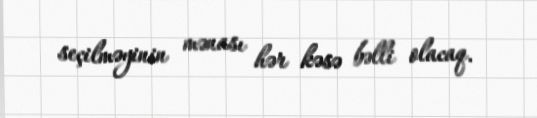
seçilməyinin mənası hər kəsə bəlli olacaq.